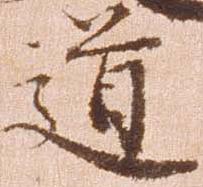
道